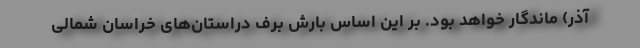
آذر) ماندگار خواهد بود. بر این اساس بارش برف دراستان‌های خراسان شمالی